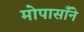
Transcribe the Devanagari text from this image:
मोपासाँने